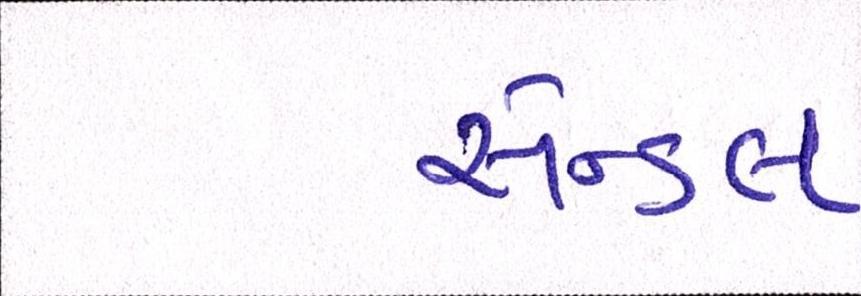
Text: સેન્ડલ